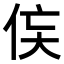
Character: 𬾃